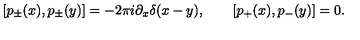
[ p _ { \pm } ( x ) , p _ { \pm } ( y ) ] = - 2 \pi i \partial _ { x } \delta ( x - y ) , \qquad [ p _ { + } ( x ) , p _ { - } ( y ) ] = 0 .